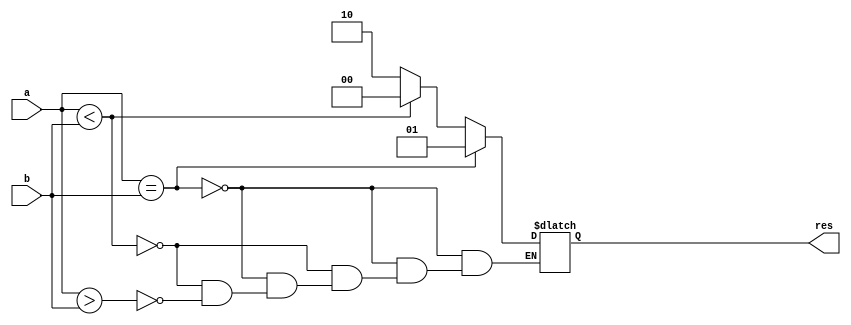
`timescale 1ns / 1ps
//////////////////////////////////////////////////////////////////////////////////
// Company: 
// Engineer: 
// 
// Design Name: 
// Module Name:    compare 
// Project Name: 
// Target Devices: 
// Tool versions: 
// Description: 
//
// Dependencies: 
//
// Revision: 
// Revision 0.01 - File Created
// Additional Comments: 
//
//////////////////////////////////////////////////////////////////////////////////

`define LESS 2'b00
`define EQUAL 2'b01
`define GREATER 2'b10
module compare(
	 input signed [31:0] a,
	 input signed [31:0] b,
	 output reg [1:0] res
	 //output isEqual
    );
	 always @(*)
		if(a == b) res = 2'b01;
		else if(a < b) res = 2'b00;
		else if(a > b) res = 2'b10;
	//assign isEqual = (a == b ? 1 : 0);

endmodule